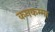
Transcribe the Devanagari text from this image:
कनकम्मा